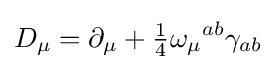
D_{\mu }=\partial _{\mu }+{\tfrac {1}{4}}\omega _{\mu }{}^{ab}\gamma _{ab}